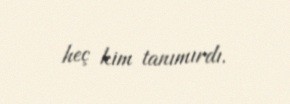
heç kim tanımırdı.